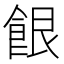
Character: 䬶